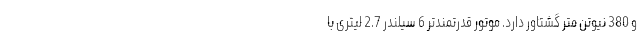
و 380 نیوتن متر گشتاور دارد. موتور قدرتمندتر 6 سیلندر 2.7 لیتری با